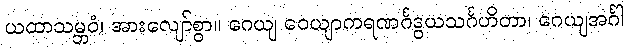
ယထာသမ္ဘဝံ၊ အားလျော်စွာ။ ဂေယျ ဝေယျာကရဏင်္ဂဒွယသင်္ဂဟိတာ၊ ဂေယျအင်္ဂါ